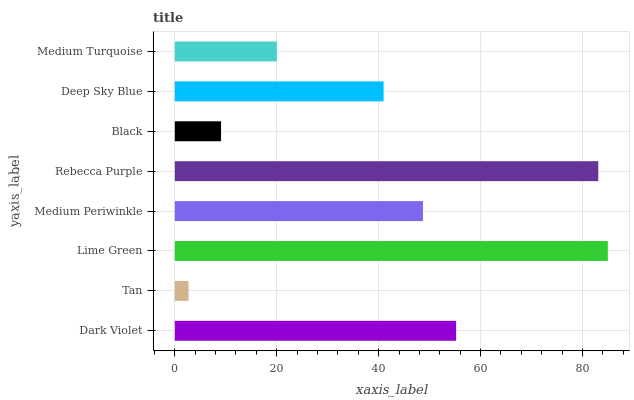
| yaxis_label | bars |
 | --- | --- |
 | Dark Violet | 55.2 |
 | Tan | 2.7 |
 | Lime Green | 85 |
 | Medium Periwinkle | 48.7 |
 | Rebecca Purple | 83.1 |
 | Black | 9.07 |
 | Deep Sky Blue | 41 |
 | Medium Turquoise | 20 |